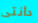
دانتى